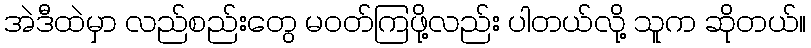
အဲဒီထဲမှာ လည်စည်းတွေ မဝတ်ကြဖို့လည်း ပါတယ်လို့ သူက ဆိုတယ်။